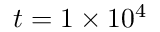
t = 1 \times 1 0 ^ { 4 }